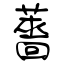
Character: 薔